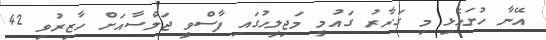
އޭނާ ހުށަހެޅި މި ގަރާރު ގައުމީ މަޖިލީހުގައި ފާސްވީ ޖަލްސާއަށް ހާޒިރުވި 42